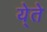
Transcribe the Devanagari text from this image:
ये्ते